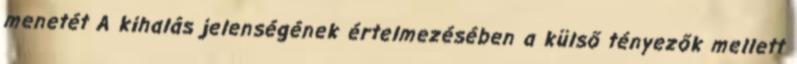
menetét A kihalás jelenségének értelmezésében a külső tényezők mellett